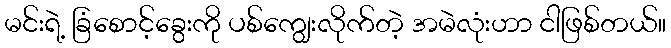
မင်းရဲ့ ခြံစောင့်ခွေးကို ပစ်ကျွေးလိုက်တဲ့ အမဲလုံးဟာ ငါဖြစ်တယ်။